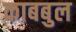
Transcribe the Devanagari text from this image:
काबबुल